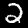
Label: 2